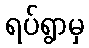
ရပ်ရွာမှ